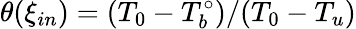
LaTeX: \theta({\xi_{in}})=(T_{0}-T_{b}^{\circ})/(T_{0}-T_{u})